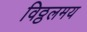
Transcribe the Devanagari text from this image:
विठ्ठलमय